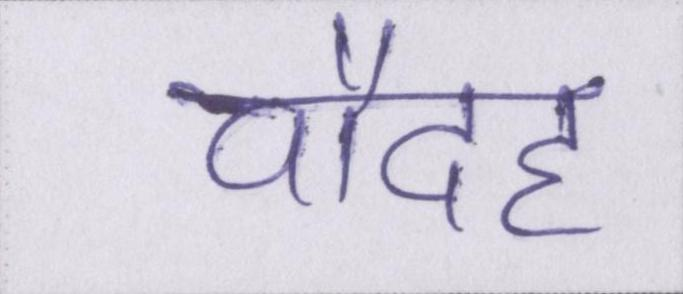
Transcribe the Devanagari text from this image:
चौदह